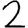
Digit: 2